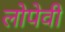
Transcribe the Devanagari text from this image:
लोपेवी